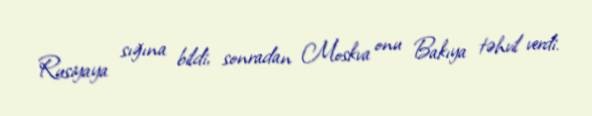
Rusiyaya sığına bildi, sonradan Moskva onu Bakıya təhvil verdi.